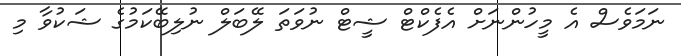
ނަމަވެސް އެ މީހުންނަށް އެފެކްޓް ޝީޓް ނުވަތަ ލޭބަލް ނުލިބޭކަމުގެ ޝަކުވާ މި